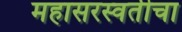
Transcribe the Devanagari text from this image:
महासरस्वतीचा